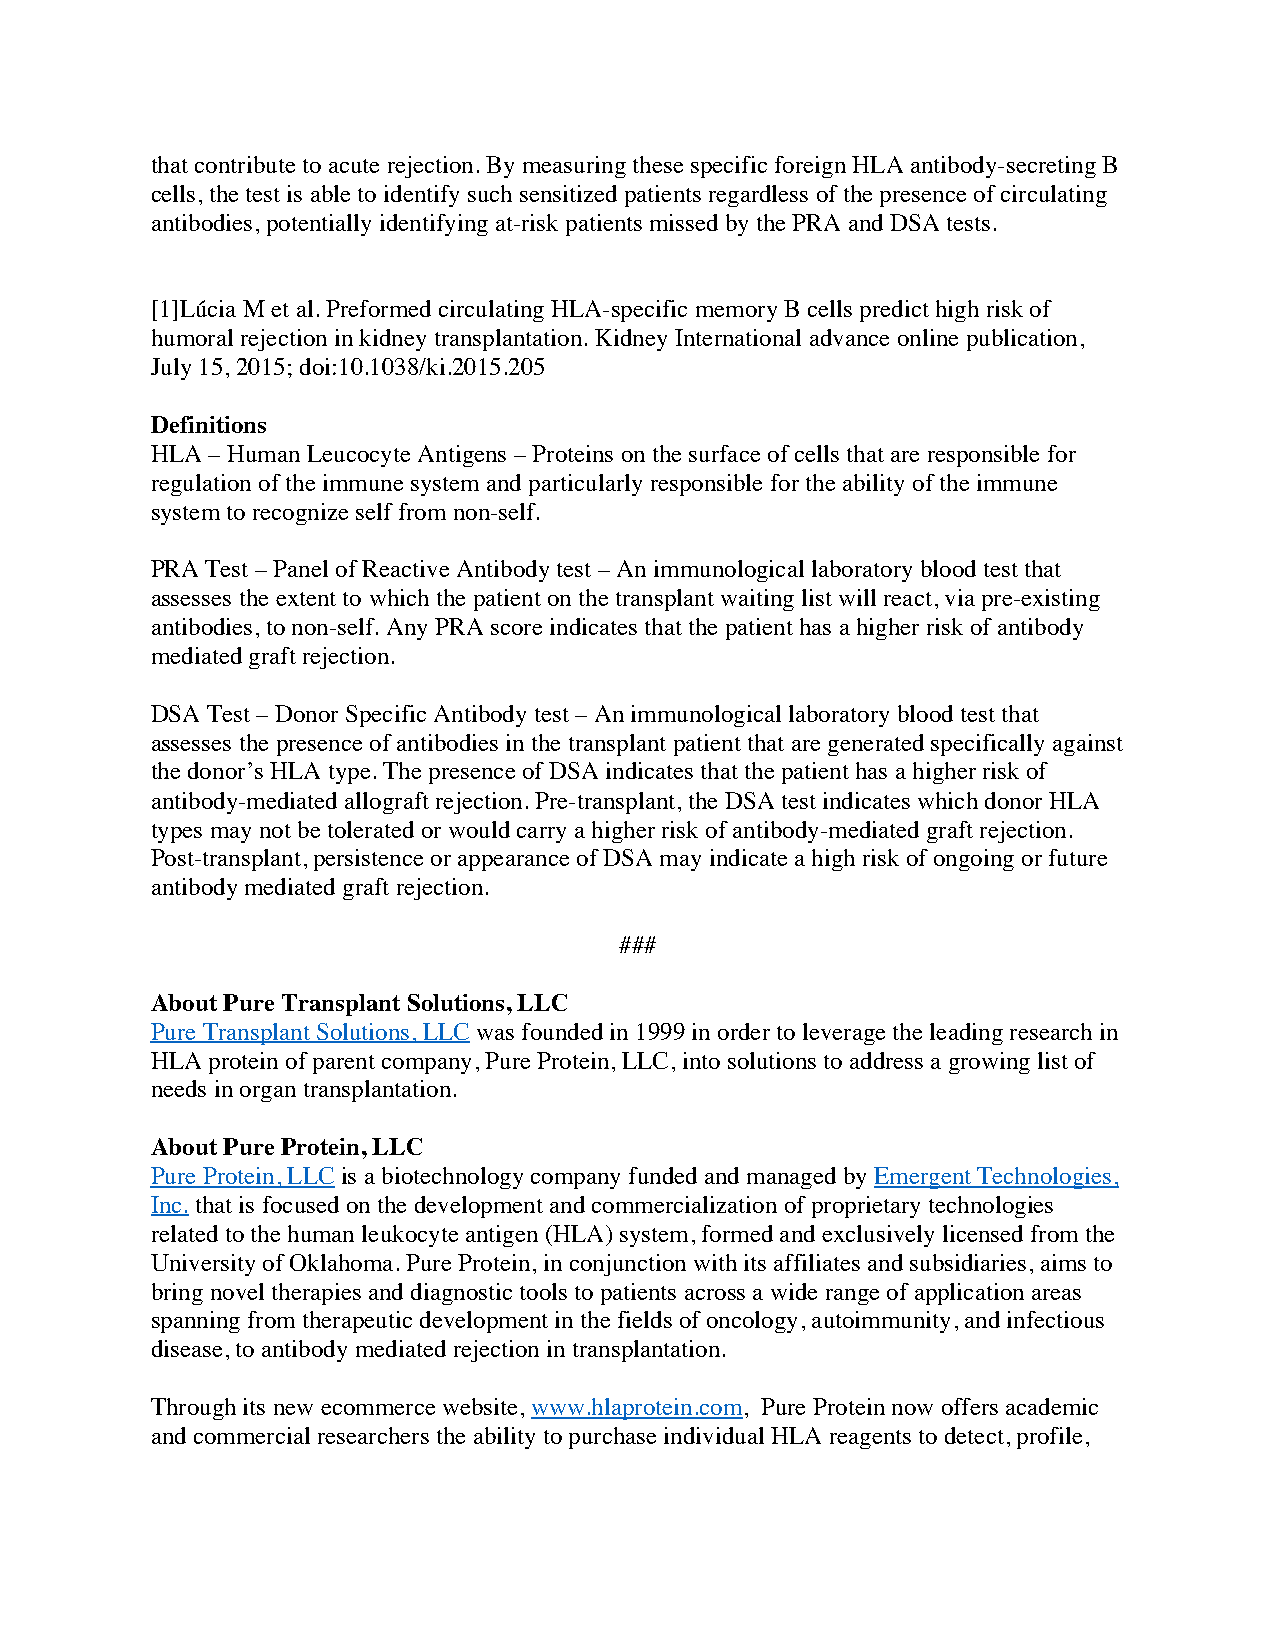
that contribute to acute rejection. By measuring these specific foreign HLA antibody-secreting B
 cells, the test is able to identify such sensitized patients regardless of the presence of circulating
 antibodies, potentially identifying at-risk patients missed by the PRA and DSA tests.
 [1]Lúcia M et al. Preformed circulating HLA-specific memory B cells predict high risk of
 humoral rejection in kidney transplantation. Kidney International advance online publication,
 July 15, 2015; doi:10.1038/ki.2015.205
 Definitions
 HLA – Human Leucocyte Antigens – Proteins on the surface of cells that are responsible for
 regulation of the immune system and particularly responsible for the ability of the immune
 system to recognize self from non-self.
 PRA Test – Panel of Reactive Antibody test – An immunological laboratory blood test that
 assesses the extent to which the patient on the transplant waiting list will react, via pre-existing
 antibodies, to non-self. Any PRA score indicates that the patient has a higher risk of antibody
 mediated graft rejection.
 DSA Test – Donor Specific Antibody test – An immunological laboratory blood test that
 assesses the presence of antibodies in the transplant patient that are generated specifically against
 the donor’s HLA type. The presence of DSA indicates that the patient has a higher risk of
 antibody-mediated allograft rejection. Pre-transplant, the DSA test indicates which donor HLA
 types may not be tolerated or would carry a higher risk of antibody-mediated graft rejection.
 Post-transplant, persistence or appearance of DSA may indicate a high risk of ongoing or future
 antibody mediated graft rejection.
 ###
 About Pure Transplant Solutions, LLC
 Pure Transplant Solutions, LLC was founded in 1999 in order to leverage the leading research in
 HLA protein of parent company, Pure Protein, LLC, into solutions to address a growing list of
 needs in organ transplantation.
 About Pure Protein, LLC
 Pure Protein, LLC is a biotechnology company funded and managed by Emergent Technologies,
 Inc. that is focused on the development and commercialization of proprietary technologies
 related to the human leukocyte antigen (HLA) system, formed and exclusively licensed from the
 University of Oklahoma. Pure Protein, in conjunction with its affiliates and subsidiaries, aims to
 bring novel therapies and diagnostic tools to patients across a wide range of application areas
 spanning from therapeutic development in the fields of oncology, autoimmunity, and infectious
 disease, to antibody mediated rejection in transplantation.
 Through its new ecommerce website, www.hlaprotein.com, Pure Protein now offers academic
 and commercial researchers the ability to purchase individual HLA reagents to detect, profile,